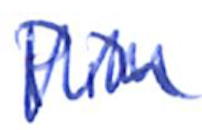
Text: Pin
Cross-out: zig-zag
Writing tool: ballpoint